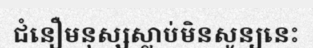
ជំនឿមនុស្សស្លាប់មិនសូន្យនេះ